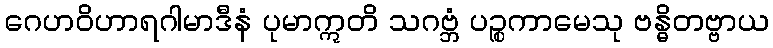
ဂေဟဝိဟာရဂါမာဒီနံ ပုမာဣတိ သဂဗ္ဘံ ပဉ္စကာမေသု ဗန္ဓိတဗ္ဗာယ